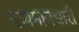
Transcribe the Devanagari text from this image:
द्रव्यमानधारी